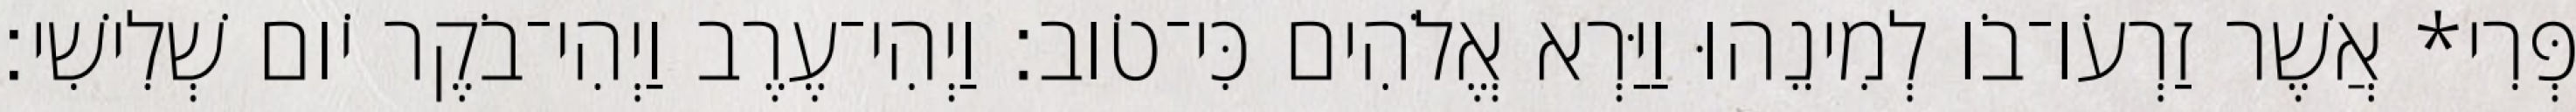
פְּרִי* אֲשֶׁר זַרְעֹו־בֹו לְמִינֵהוּ וַיַּרְא אֱלֹהִים כִּי־טֹוב׃ וַיְהִי־עֶרֶב וַיְהִי־בֹקֶר יֹום שְׁלִישִׁי׃